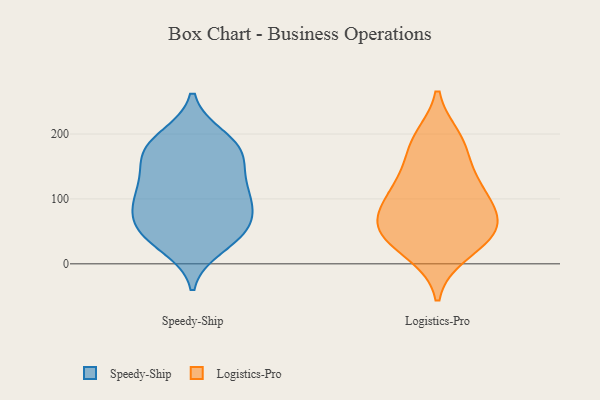
{"axis": {"x": "Net Income (USD K)", "y": "Value"}, "legend": ["Logistics-Pro", "Speedy-Ship"], "data": [{"x": "", "y": 175, "type": "Speedy-Ship"}, {"x": "", "y": 25, "type": "Speedy-Ship"}, {"x": "", "y": 73, "type": "Speedy-Ship"}, {"x": "", "y": 112, "type": "Speedy-Ship"}, {"x": "", "y": 154, "type": "Speedy-Ship"}, {"x": "", "y": 168, "type": "Speedy-Ship"}, {"x": "", "y": 113, "type": "Speedy-Ship"}, {"x": "", "y": 58, "type": "Speedy-Ship"}, {"x": "", "y": 196, "type": "Speedy-Ship"}, {"x": "", "y": 46, "type": "Speedy-Ship"}, {"x": "", "y": 160, "type": "Speedy-Ship"}, {"x": "", "y": 46, "type": "Speedy-Ship"}, {"x": "", "y": 71, "type": "Speedy-Ship"}, {"x": "", "y": 124, "type": "Speedy-Ship"}, {"x": "", "y": 98, "type": "Speedy-Ship"}, {"x": "", "y": 78, "type": "Speedy-Ship"}, {"x": "", "y": 197, "type": "Speedy-Ship"}, {"x": "", "y": 108, "type": "Speedy-Ship"}, {"x": "", "y": 177, "type": "Speedy-Ship"}, {"x": "", "y": 34, "type": "Speedy-Ship"}, {"x": "", "y": 60, "type": "Logistics-Pro"}, {"x": "", "y": 106, "type": "Logistics-Pro"}, {"x": "", "y": 42, "type": "Logistics-Pro"}, {"x": "", "y": 192, "type": "Logistics-Pro"}, {"x": "", "y": 105, "type": "Logistics-Pro"}, {"x": "", "y": 17, "type": "Logistics-Pro"}, {"x": "", "y": 62, "type": "Logistics-Pro"}, {"x": "", "y": 56, "type": "Logistics-Pro"}, {"x": "", "y": 179, "type": "Logistics-Pro"}, {"x": "", "y": 130, "type": "Logistics-Pro"}]}